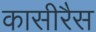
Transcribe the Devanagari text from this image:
कासीरैस